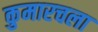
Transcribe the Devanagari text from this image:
कुमारचला